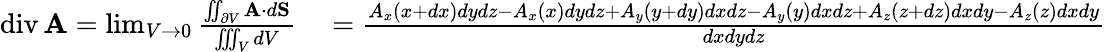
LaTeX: \begin{array}{rl}{\operatorname{div}\mathbf{A}=\operatorname*{lim}_{V\to 0}{\frac{\iint_{\partial V}\mathbf{A}\cdot d\mathbf{S}}{\iiint_{V}dV}}}&{{}={\frac{A_{x}(x+dx)dydz-A_{x}(x)dydz+A_{y}(y+dy)dxdz-A_{y}(y)dxdz+A_{z}(z+dz)dxdy-A_{z}(z)dxdy}{dxdydz}}}\end{array}